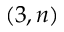
( 3 , n )